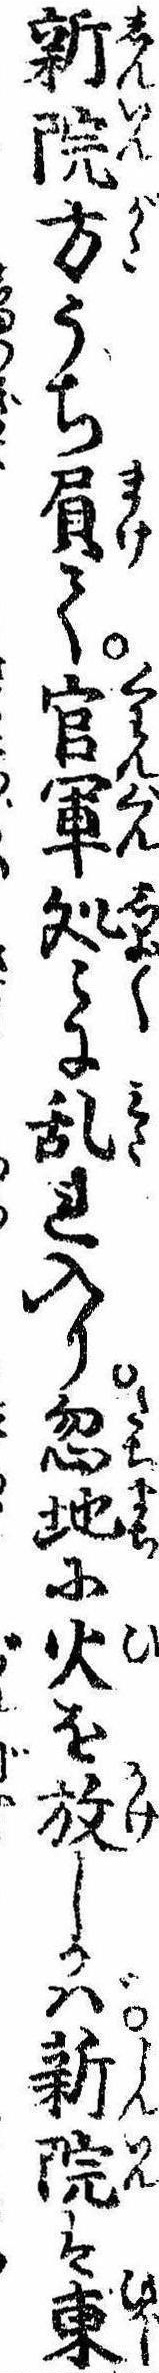
新院方うち屓て官軍処〻に乱れ入り忽地に火を放しかば新院は東